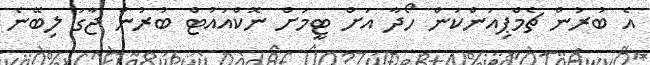
އެ ބުރުން ޗެމްޕިއަންކަން ހޯދާ އަށް ޓީމަށް ނޮކްއައުޓް ބުރުން ޖާގަ ލިބޭނެ